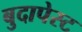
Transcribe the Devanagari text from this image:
बुदापेस्ट